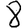
Digit: 8